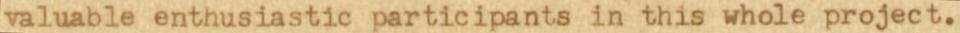
valuable enthusiastic participants in this whole project.